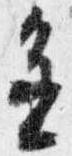
進